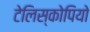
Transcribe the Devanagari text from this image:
टेलिस्कोपियो